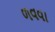
ળવવા